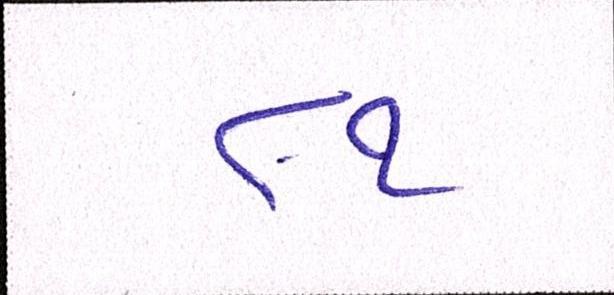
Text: ૮૧